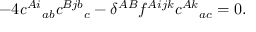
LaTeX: - 4 { \it c } ^ { A i } { } _ { a b } { \it c } ^ { B j b } { } _ { c } - \delta ^ { A B } f ^ { A i j k } { \it c } ^ { A k } { } _ { a c } = 0 .